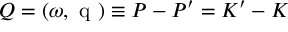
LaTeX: Q = ( \omega , \mathrm { \boldmath ~ q ~ } ) \equiv P - P ^ { \prime } = K ^ { \prime } - K